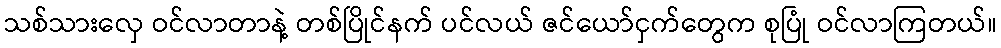
သစ်သားလှေ ဝင်လာတာနဲ့ တစ်ပြိုင်နက် ပင်လယ် ဇင်ယော်ငှက်တွေက စုပြုံ ဝင်လာကြတယ်။